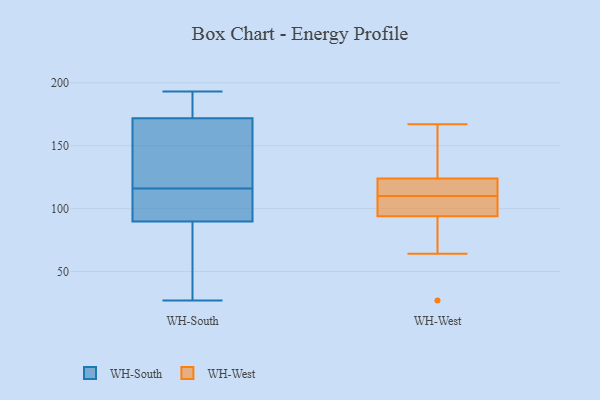
{"axis": {"x": "Latency (ms)", "y": "Value"}, "legend": ["WH-South", "WH-West"], "data": [{"x": "", "y": 184, "type": "WH-South"}, {"x": "", "y": 27, "type": "WH-South"}, {"x": "", "y": 107, "type": "WH-South"}, {"x": "", "y": 45, "type": "WH-South"}, {"x": "", "y": 179, "type": "WH-South"}, {"x": "", "y": 150, "type": "WH-South"}, {"x": "", "y": 193, "type": "WH-South"}, {"x": "", "y": 101, "type": "WH-South"}, {"x": "", "y": 86, "type": "WH-South"}, {"x": "", "y": 116, "type": "WH-South"}, {"x": "", "y": 130, "type": "WH-South"}, {"x": "", "y": 96, "type": "WH-West"}, {"x": "", "y": 109, "type": "WH-West"}, {"x": "", "y": 27, "type": "WH-West"}, {"x": "", "y": 88, "type": "WH-West"}, {"x": "", "y": 124, "type": "WH-West"}, {"x": "", "y": 100, "type": "WH-West"}, {"x": "", "y": 64, "type": "WH-West"}, {"x": "", "y": 123, "type": "WH-West"}, {"x": "", "y": 116, "type": "WH-West"}, {"x": "", "y": 110, "type": "WH-West"}, {"x": "", "y": 167, "type": "WH-West"}, {"x": "", "y": 138, "type": "WH-West"}, {"x": "", "y": 124, "type": "WH-West"}]}